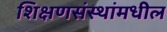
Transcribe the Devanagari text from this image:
शिक्षणसंस्थांमधील